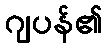
ဂျပန်၏